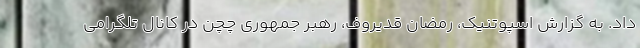
داد. به گزارش اسپوتنیک، رمضان قدیروف، رهبر جمهوری چچن در کانال تلگرامی